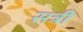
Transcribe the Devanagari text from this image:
सत्री